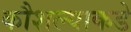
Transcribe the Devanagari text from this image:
कौशल्याकडे